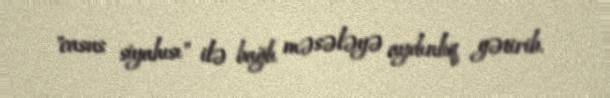
"casus siyahısı" ilə bağlı məsələyə aydınlıq gətirib.